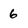
Character: 6